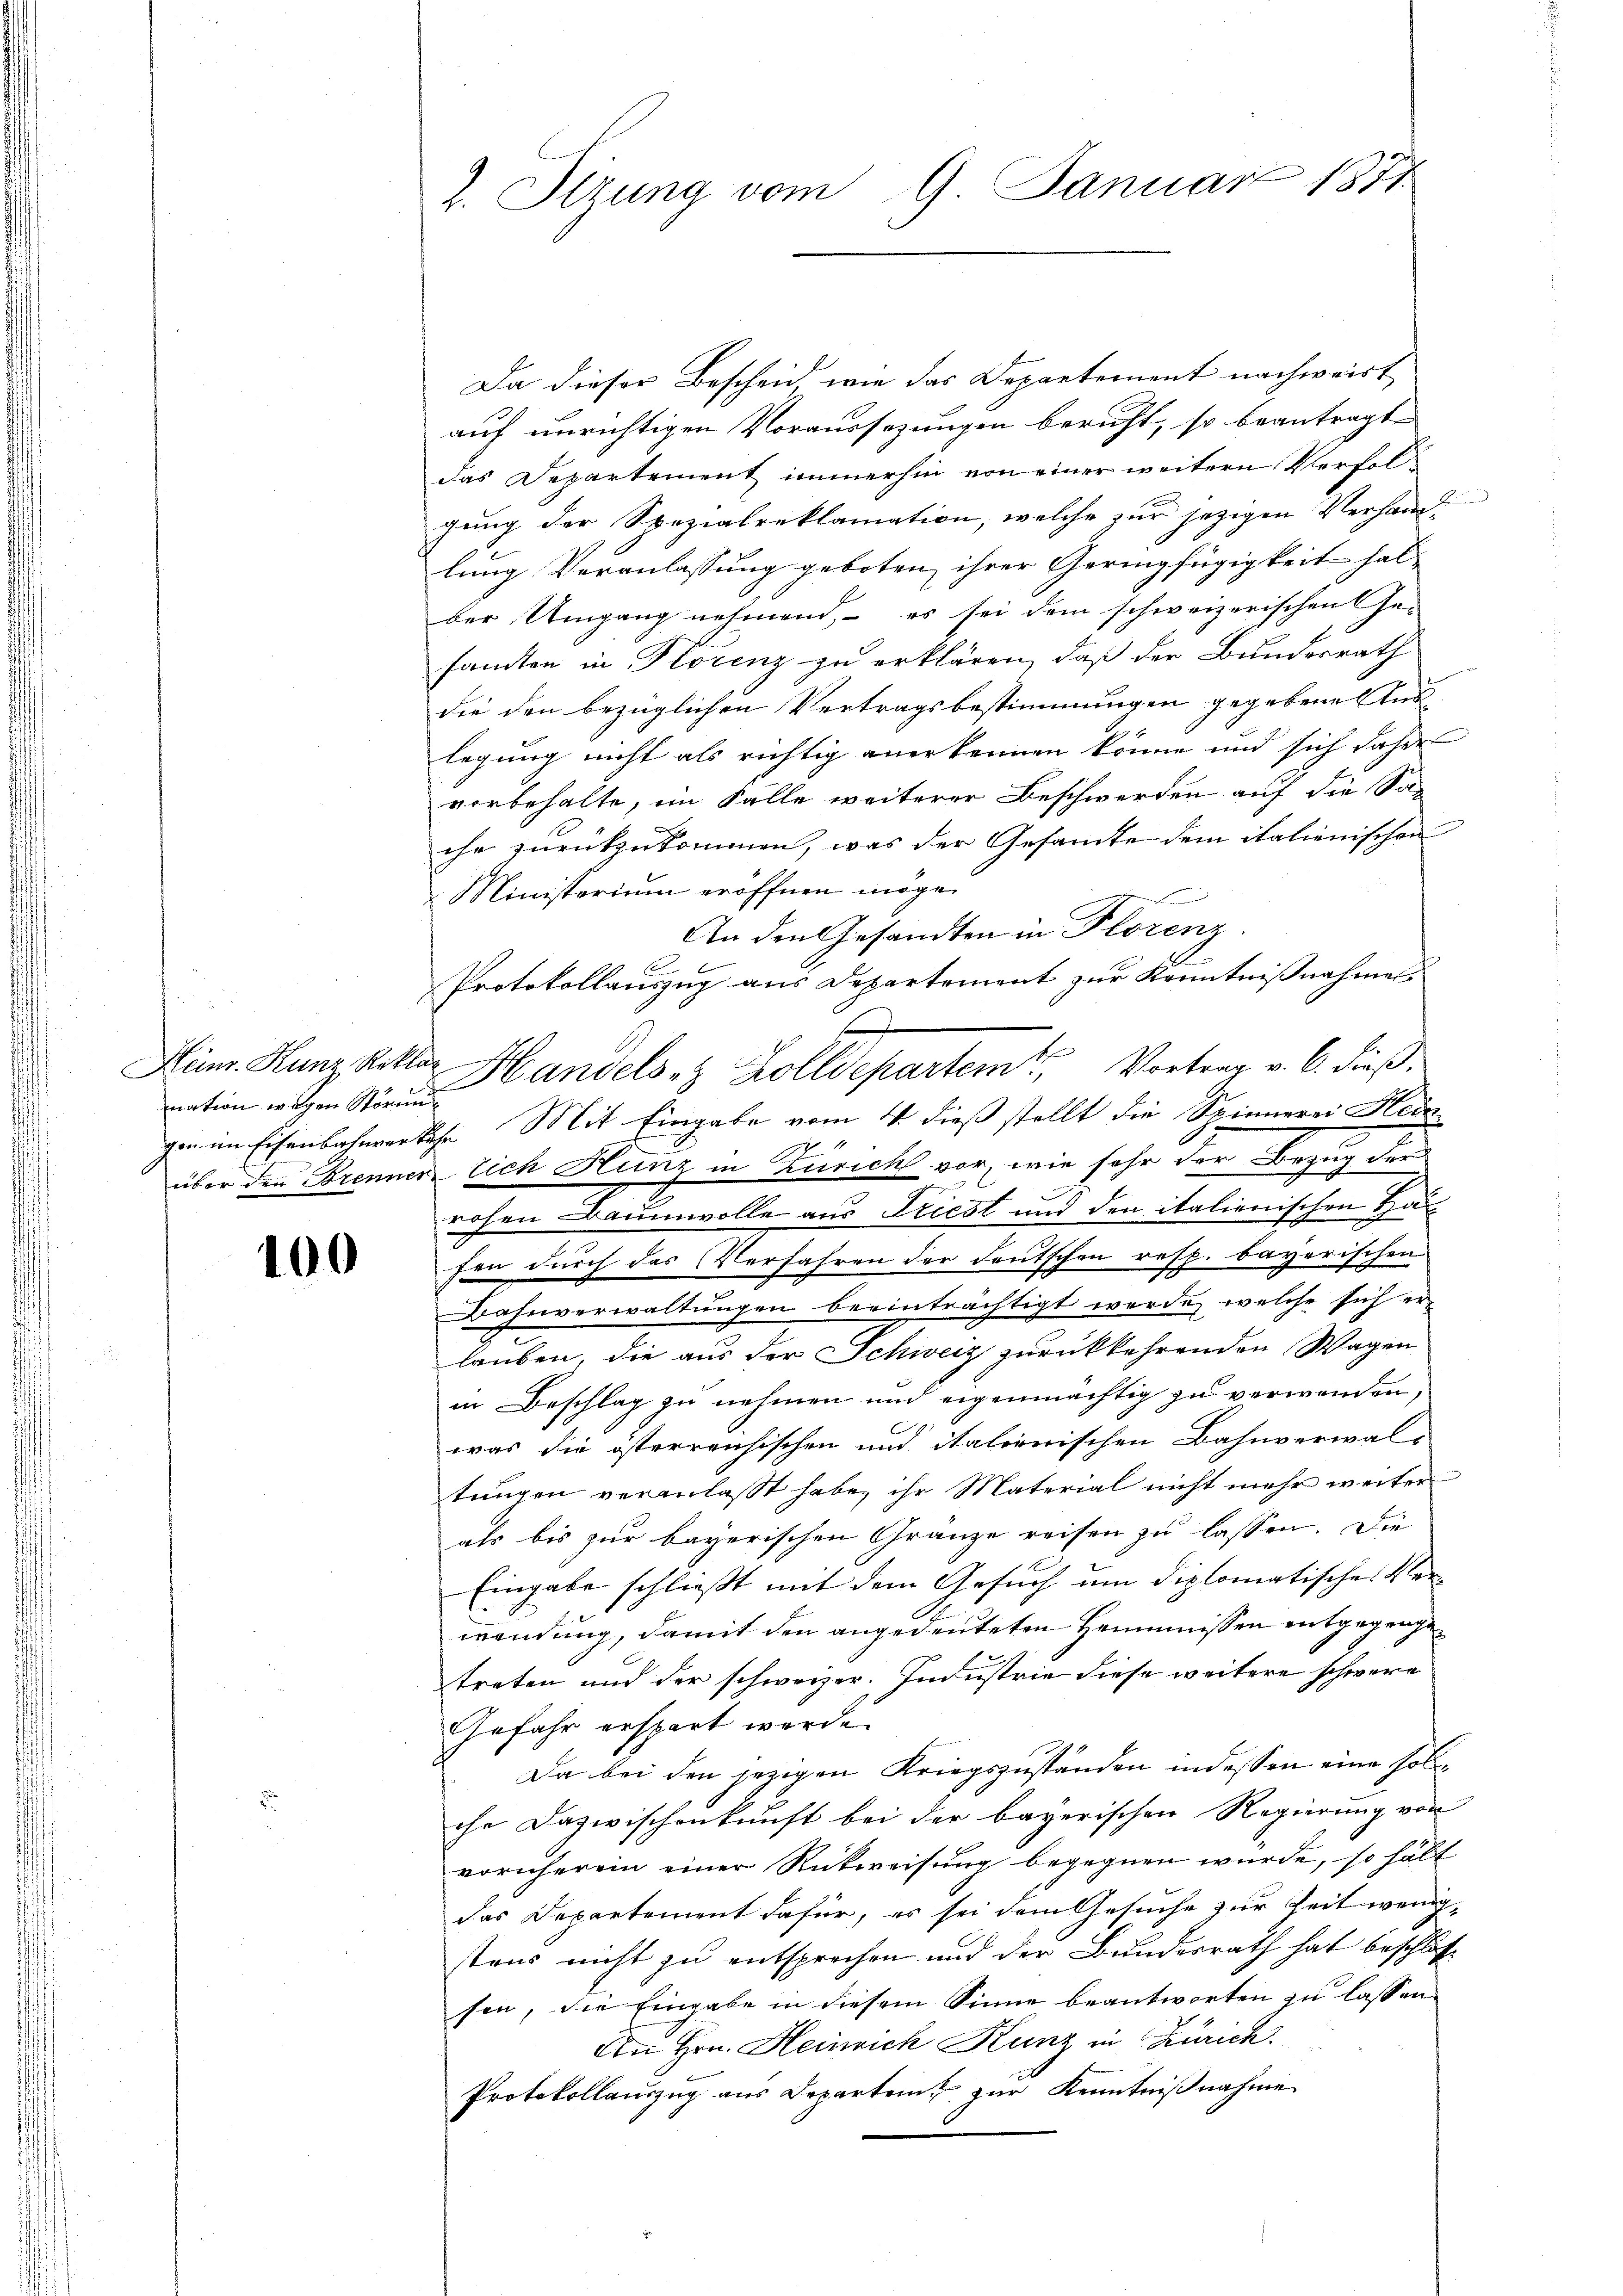
mation wegen Störun

100

Z. Itzung vom 9. Januar 1877

Da dieser Bescheid wie das Departement nachweist
auf unrichtigen Voraussezungen beruht, so beantragte
das Departement immerhin von einer weitern Verfolgung der Spezialreklamation, welche zur jezigen Verhand
lung Veranlassung geboten ihrer Geringfügigkeit hal-
ber Umgang nehmend, es sei dem schweizerischen Gesamten in Florenz zu erklären, daß der Bundesrath
die den bezüglichen Vertragsbestimmungen gegebene Aus-
legung nicht als richtig anerkennen könne und sich daher
vorbehalte, im Falle weiterer Beschwerden auf die Sache zurückzukommen, was der Gesamte dem italienischen
Ministerium eröffnen möge.
An den Gesandten in Florenz.
Protokollauszug aus Departement zur Kenntnißnahmes
.
Heinr. Kunz Rektor Handels- & Zolldepartem Vortrag v. 6. dießgen im Eisenbahnverkehr. Mit Eingabe vom 4. dieß stellt die Spinnerei Hede-
1
über den Brennen lich Hunz in Zürich vor, wie sehr der Bezug der
rohen Baumwolle aus Priest und den italienischen Ha¬
2
fen durch das Verfahren der deutschen resp. bayerischen
7
Bahnverwaltungen beeinträchtigt werde, welche sich er-
lauben, die aus der Schweiz zurückkehrenden Wagen
in Beschlag zu nehmen und eigenmächtig zu verwenden,
was die österreichischen und italienischen Bahnverwals
tungen veranlaßt habe, ihr Material nicht mehr weiter
als bis zur bayerischen Gränze reisen zu lassen. Die
Eingabe schließt mit dem Gesuch um diplomatisches Ver-
wendung, damit den angedeuteten Hemmnissen entgegenge
treten und der schweizer. Industrie diese weitere schwere
Gefahr erspart wurde.
Da bei den jezigen Kriegszuständen indessen eine sol
che Dazwischenkunft bei der bayerischen Regierung von
vornherein einer Rückweisung begegnen wurde, so hält
das Departement dafür, es sei dem Gesuche zur Zeit wenig-
stens nicht zu entsprechen und der Bundesrath hat beschlosson, die Eingabe in diesem Sinne beantworten zu lassen
An Hrn. Heinrich Kunz in Zürich.
Protokollauszug aus Departen zur Kenntnißnahme